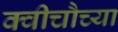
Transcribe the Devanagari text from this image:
क्वीचौच्या